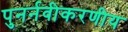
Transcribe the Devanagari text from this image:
पुनर्नवीकरणीय